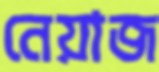
নেয়াজ